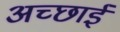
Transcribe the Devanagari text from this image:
अच्‍छाई